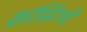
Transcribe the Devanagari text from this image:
क्रॉसिंगचे